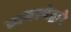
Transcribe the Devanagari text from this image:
व्यवस्थेद्वारे